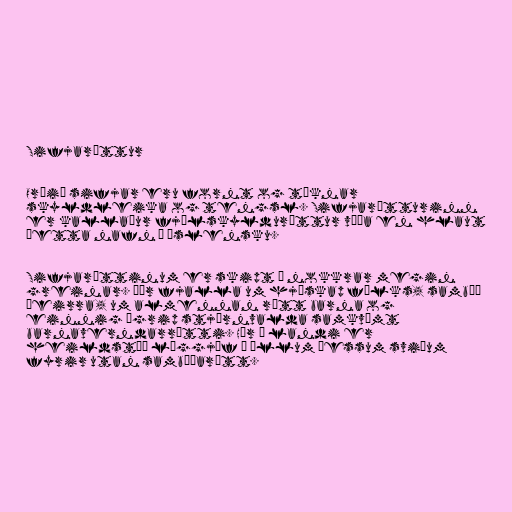
Sifjaréttur

Orðið sifjar eru fornt og táknar
skyldleika og tengsl. Sifjarétturinn
er kallaður fjölskylduréttur víða en hlaut
þetta nafn á íslensku.

Sifjaréttinum er skipt í nokkrar megin
greinar. Þær fjalla um hjúskap fólks, sambúð
þeirra, um almennan rétt barna og
einnig ígrip stjórnvalda samkvæmt
barnaverndarrétti. Hér á landi er
heildstæð löggjöf á öllum þessum sviðum
fyrir utan sambúðarétt.